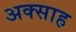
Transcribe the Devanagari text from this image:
अक्साह